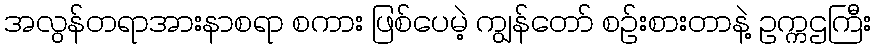
အလွန်တရာအားနာစရာ စကား ဖြစ်ပေမဲ့ ကျွန်တော် စဉ်းစားတာနဲ့ ဥက္ကဌကြီး